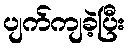
ပျက်ကျခဲ့ပြီး